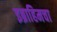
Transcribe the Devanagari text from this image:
इब्राहिमचा